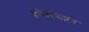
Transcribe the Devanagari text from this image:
इंपेरियाल